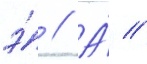
э́ // А́ //